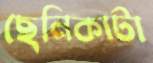
ছেনিকাটা